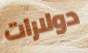
دولارات